Vaccination in Bombay 1869-1873 - 1869-1873
Year: 1869
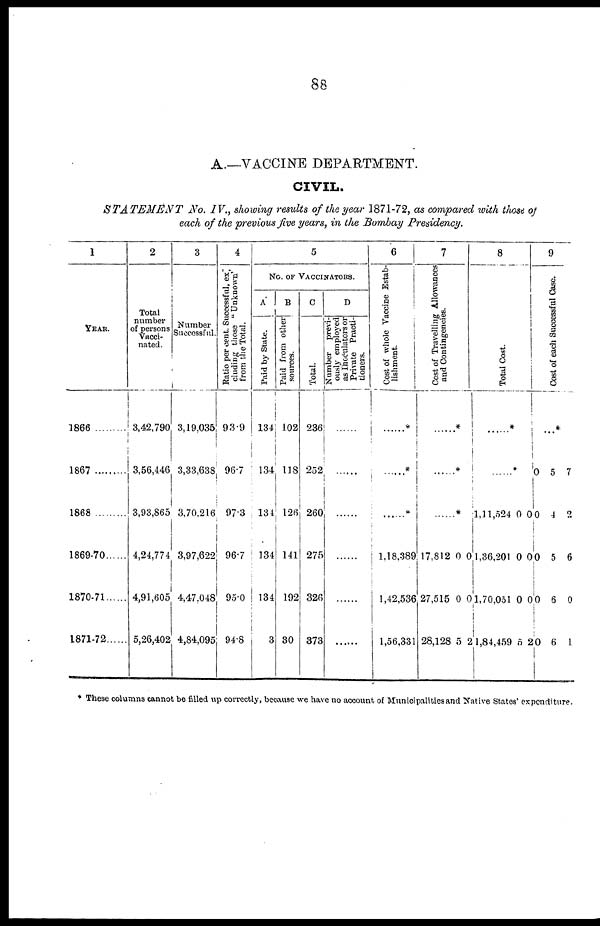
88
A.—VACCINE DEPARTMENT.
CIVIL.
STATEMENT
No. IV., showing results of the year 1871-72, as compared with those of
each of the previous five years, in the Bombay Presidency.
1
YEAR.
1866
1867
.........
1868
.........
1869-70 ......
1870-71 ......
1871-72 ......
2
Total
number
of persons
Vacci-
nated.
3,42,790
3,56,446
3,93,865
4,24,774
4,91,605
5,26,402
3
Number
Successful.
3,19,035
3,33,638
3,70,216
3,97,622
4,47,048
4,84,095
4
Ratio per cent. Successful, ex¬
cluding those " Unknown"
from the Total.
93.9
96.7
97.3
96.7
95.0
94.8
5
No. OF VACCINATORS.
A
Paid by State.
134
134
134
134
134
3
B
Paid from other
sources.
102
118
126
141
192
30
C
Total.
236
252
260
275
326
373
D
Number previ-
ously employed
as Inoculators or
Private Practi-
tioners.
......
......
......
......
......
......
6
Cost of whole Vaccine Estab-
lishment.
......*
......*
......*
1,18,389
1,42,536
1,56,331
7
Cost of Travelling Allowances
and Contingencies.
......*
......*
......*
17,812
27,515
28,128
0
0
5
0
0
2
8
Total Cast.
......
*
......*
1,11,524
1,36,201
1, 70,051
1,84,459
0
0
0
5
0
0
0
2
9
Cost of each Successful Case.
...*
0
0
0
0
0
5
4
5
6
6
7
2
6
0
1
* These columns cannot be filled up correctly, because we have no account of Municipalities and Native States' expenditure.